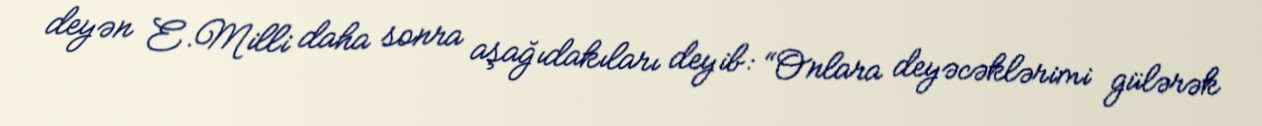
deyən E.Milli daha sonra aşağıdakıları deyib: “Onlara deyəcəklərimi gülərək